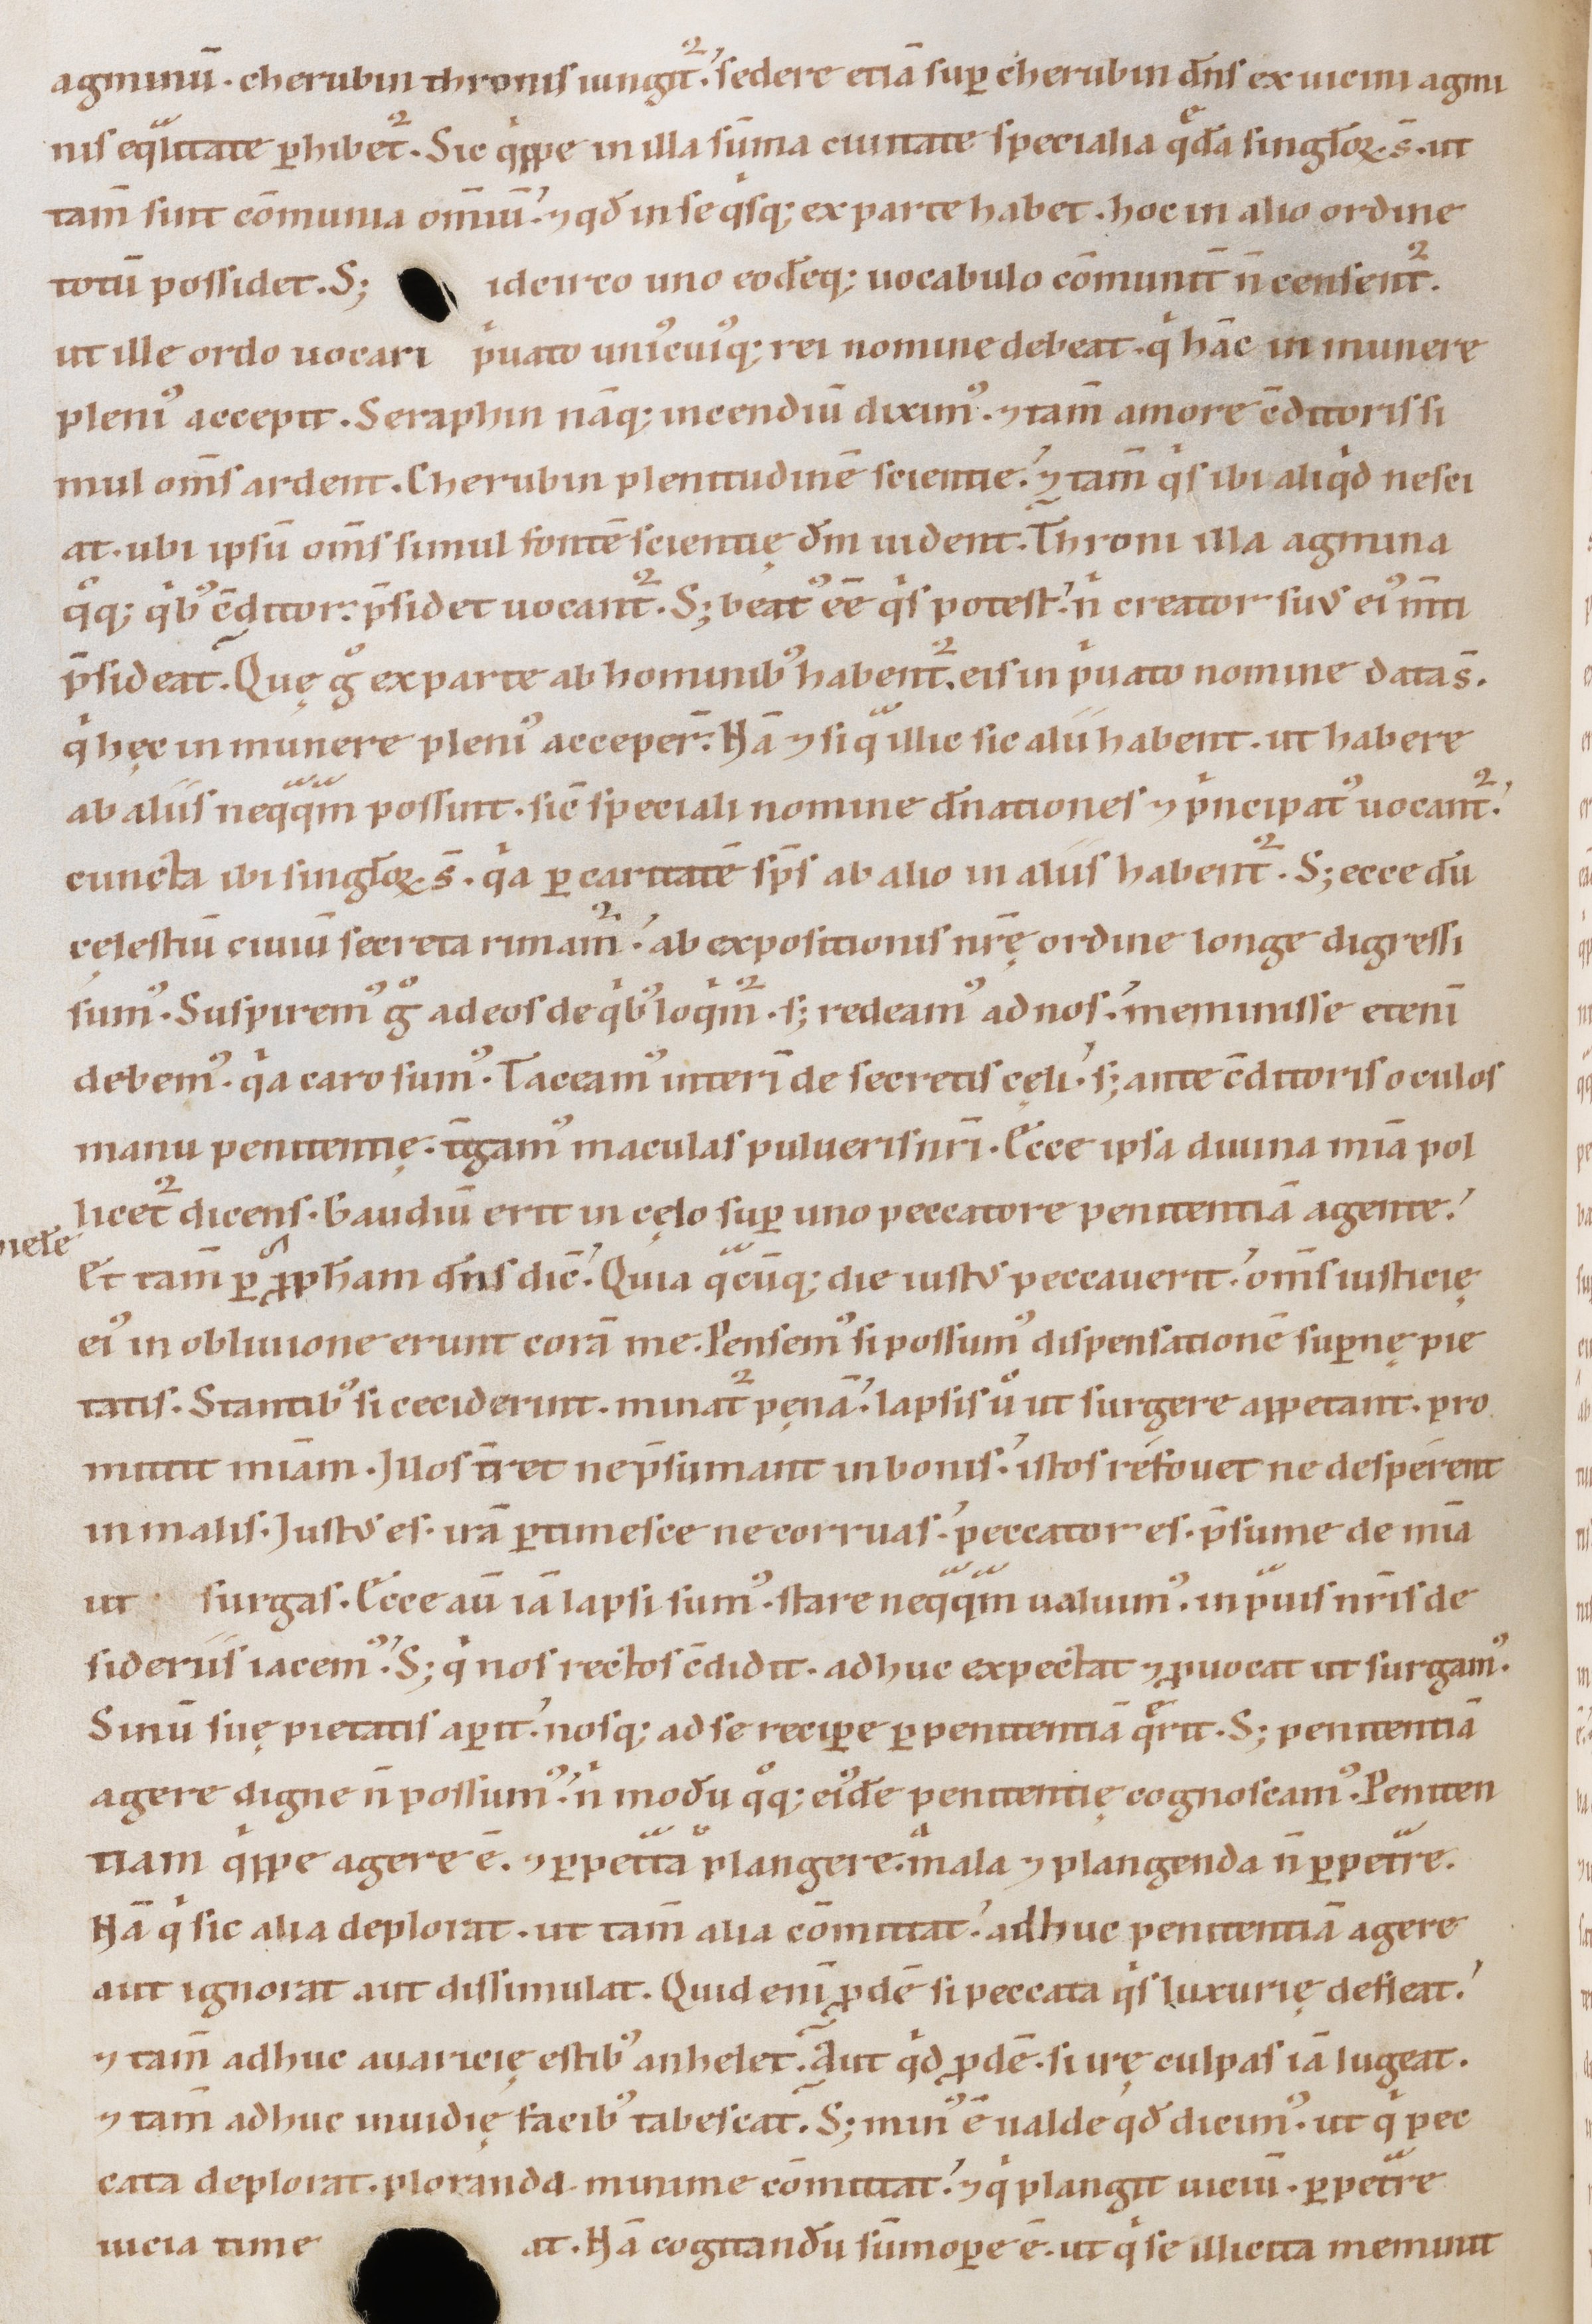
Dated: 1147–1178